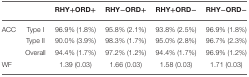
<table><thead><tr><td></td><td></td><td><b>RHY+ORD+</b></td><td><b>RHY−ORD+</b></td><td><b>RHY+ORD−</b></td><td><b>RHY−ORD−</b></td></tr></thead><tbody><tr><td>ACC</td><td>Type I</td><td>96.9% (1.8%)</td><td>95.8% (2.1%)</td><td>93.8% (2.5%)</td><td>96.9% (1.8%)</td></tr><tr><td></td><td>Type II</td><td>90.0% (3.9%)</td><td>98.3% (1.7%)</td><td>95.0% (2.8%)</td><td>96.7% (2.3%)</td></tr><tr><td></td><td>Overall</td><td>94.4% (1.7%)</td><td>97.2% (1.2%)</td><td>94.4% (1.7%)</td><td>96.9% (1.2%)</td></tr><tr><td>WF</td><td></td><td>1.39 (0.03)</td><td>1.66 (0.03)</td><td>1.58 (0.03)</td><td>1.71 (0.03)</td></tr></tbody></table>